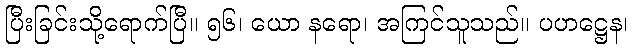
ပြီးခြင်းသို့ရောက်ပြီ။ ၅၆၊ ယော နရော၊ အကြင်သူသည်။ ပဟဋ္ဌေန၊